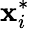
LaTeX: {\mathbf x}_{i}^{*}